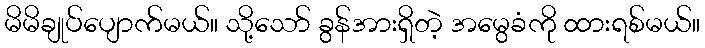
မိမိချုပ်ပျောက်မယ်။ သို့သော် ခွန်အားရှိတဲ့ အမွေခံကို ထားရစ်မယ်။